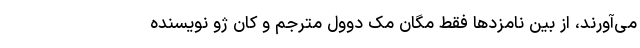
می‌آورند، از بین نامزد‌ها فقط مگان مک دوول مترجم و کان ژو نویسنده